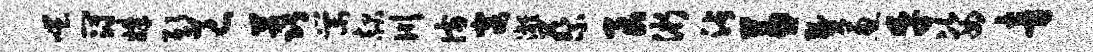
嗤冠姝邸邑荔棠赧川彷寨漓蔡艮浙沾兼燹葱乎姿音